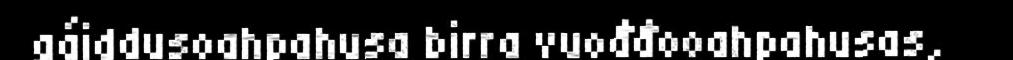
gáiddusoahpahusa birra vuođđooahpahusas,